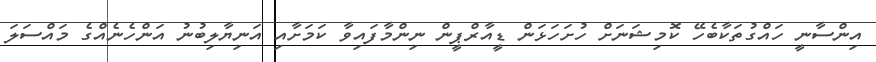
އިންސާނީ ހައްގުތަކާބެހޭ ކޮމިޝަނަށް ހުށަހަޅަން ޑީއާރްޕީން ނިންމާފައިވާ ކަމަށާއި އަނިޔާލިބުނު އަންހެނެއްގެ މައްސަލަ